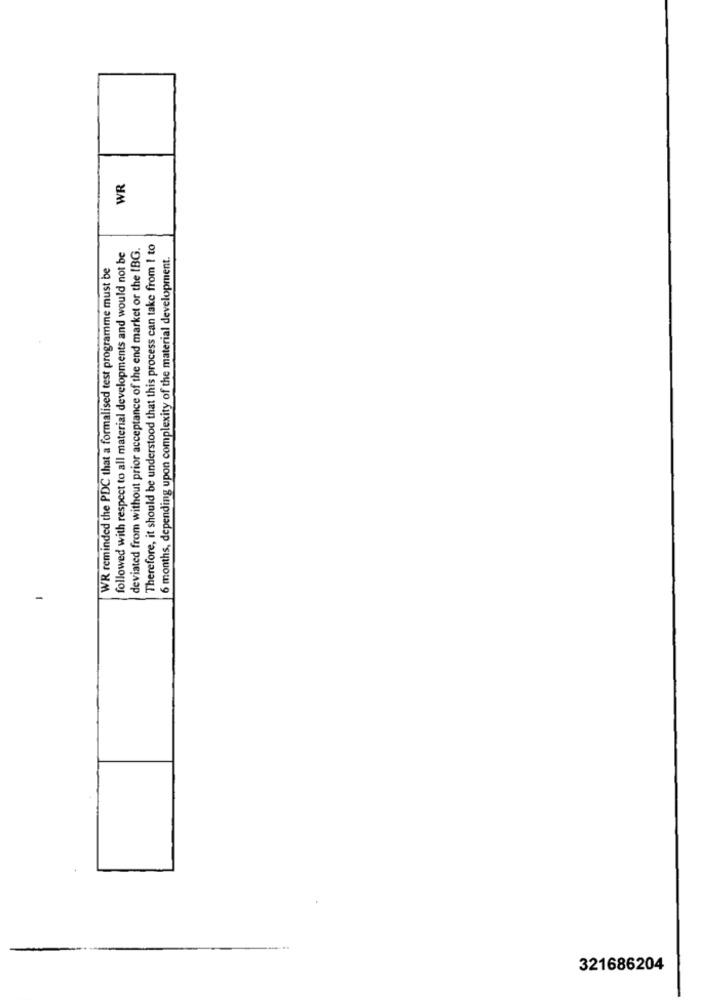
WR
deviated from without prior acceptance of the end market or the IBG.
Therefore, it should be understood that this process can take from 1 to
followed with respect to all material developments and would not be
6 months, depending upon complexity of the material development.
WR reminded the PDC that a formalised test programme must be
-
321686204